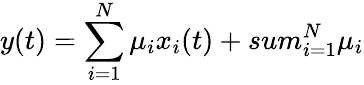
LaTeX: y(t)=\sum_{i=1}^{N}\mu_{i}x_{i}(t)+sum_{i=1}^{N}\mu_{i}